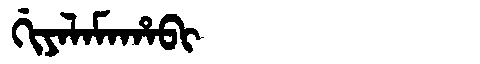
Manchu: ᡤᡳᠶᠠᠯᠠᠮᠠᡥᠠᠪᡳ
Romanization: GIYALAMAHABI